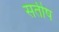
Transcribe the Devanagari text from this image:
सतीष